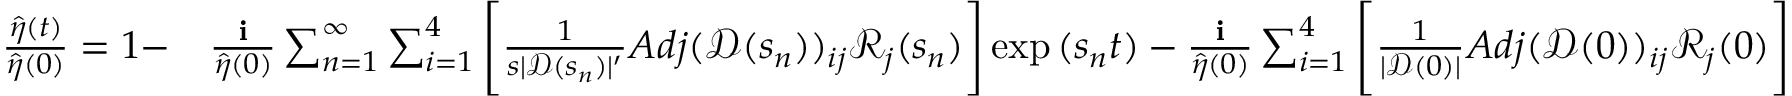
\begin{array} { r l } { \frac { \hat { \eta } ( t ) } { \hat { \eta } ( 0 ) } = 1 - } & { \frac { \textbf { i } } { \hat { \eta } ( 0 ) } \sum _ { n = 1 } ^ { \infty } \sum _ { i = 1 } ^ { 4 } \Bigg [ \frac { 1 } { s | \mathscr { D } ( s _ { n } ) | ^ { \prime } } A d j ( \mathscr { D } ( s _ { n } ) ) _ { i j } \mathscr { R } _ { j } ( s _ { n } ) \Bigg ] \exp { ( s _ { n } t ) } - \frac { \textbf { i } } { \hat { \eta } ( 0 ) } \sum _ { i = 1 } ^ { 4 } \Bigg [ \frac { 1 } { | \mathscr { D } ( 0 ) | } A d j ( \mathscr { D } ( 0 ) ) _ { i j } \mathscr { R } _ { j } ( 0 ) \Bigg ] } \end{array}